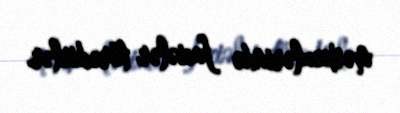
mərkəzlərində faciələr törədirlər.